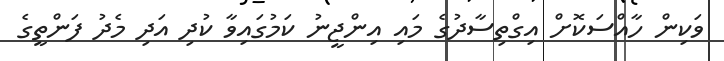
ވަކިން ހާއްސަކޮށް އިގްތިސާދުގެ މައި އިންޖީނު ކަމުގައިވާ ކުދި އަދި މެދު ފަންތީގެ